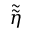
\tilde { \tilde { \eta } }